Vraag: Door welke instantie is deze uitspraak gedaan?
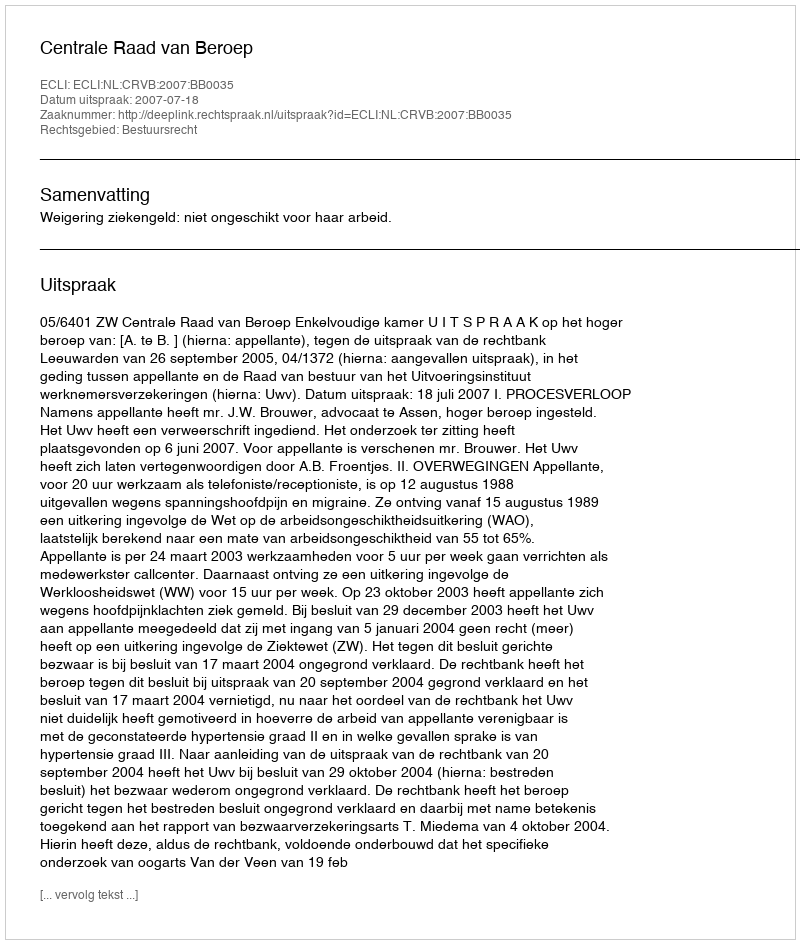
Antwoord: Centrale Raad van Beroep